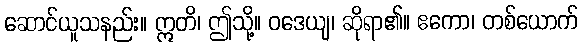
ဆောင်ယူသနည်း။ ဣတိ၊ ဤသို့။ ဝဒေယျ၊ ဆိုရာ၏။ ဧကော၊ တစ်ယောက်